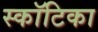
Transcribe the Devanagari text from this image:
स्कॉटिका